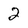
Character: 2